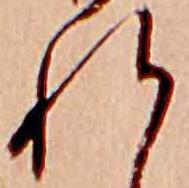
れ